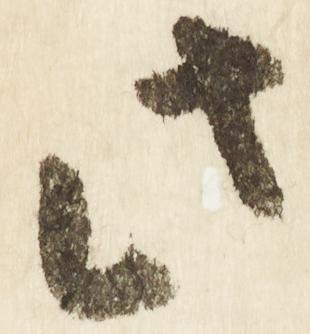
此